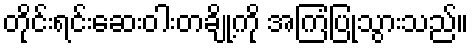
တိုင်းရင်းဆေးဝါးတချို့ကို အကြံပြုသွားသည်။